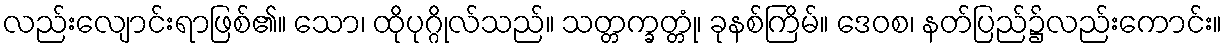
လည်းလျောင်းရာဖြစ်၏။ သော၊ ထိုပုဂ္ဂိုလ်သည်။ သတ္တက္ခတ္တုံ၊ ခုနစ်ကြိမ်။ ဒေဝစ၊ နတ်ပြည်၌လည်းကောင်း။